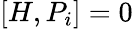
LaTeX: [H,P_{i}]=0